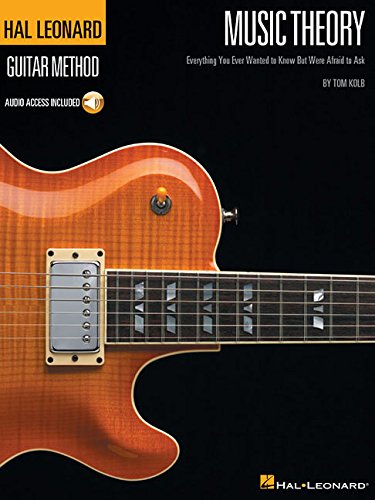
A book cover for Music Theory for Guitarists: Everything You Ever Wanted to Know But Were Afraid to Ask (Guitar Method); Tom Kolb; Arts & Photography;